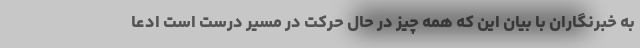
به خبرنگاران با بیان این که همه چیز در حال حرکت در مسیر درست است ادعا